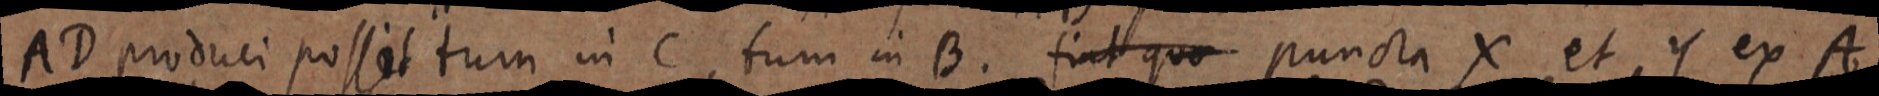
AD produci possit tum in C, tum in B. fiat quo puncta X et Y ex A